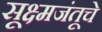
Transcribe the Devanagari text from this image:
सूक्ष्मजंतूचे